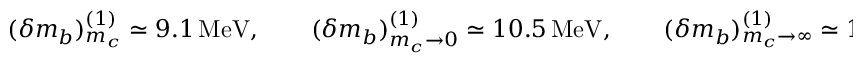
( \delta m _ { b } ) _ { m _ { c } } ^ { ( 1 ) } \simeq 9 . 1 \, \mathrm { M e V } , \qquad ( \delta m _ { b } ) _ { m _ { c } \to 0 } ^ { ( 1 ) } \simeq 1 0 . 5 \, \mathrm { M e V } , \qquad ( \delta m _ { b } ) _ { m _ { c } \to \infty } ^ { ( 1 ) } \simeq 1 8 . 7 \, \mathrm { M e V } .